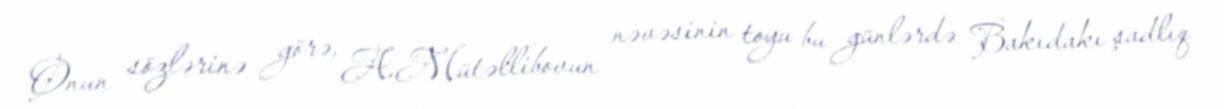
Onun sözlərinə görə, A.Mütəllibovun nəvəsinin toyu bu günlərdə Bakıdakı şadlıq